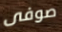
صوفى